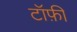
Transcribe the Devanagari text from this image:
टॉफ़ी